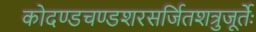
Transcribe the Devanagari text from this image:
कोदण्डचण्डशरसर्जितशत्रुजूर्तेः